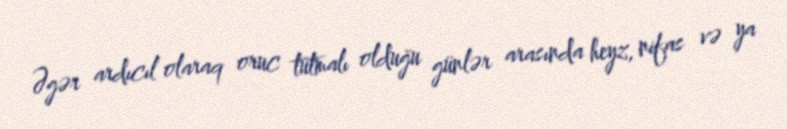
Əgər ardıcıl olaraq oruc tutmalı olduğu günlər arasında heyz, nifas və ya